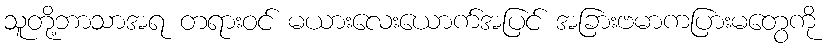
သူတို့ဘာသာအရ တရားဝင် မယားလေးယောက်အပြင် အခြားဗမာကပြားမတွေကို